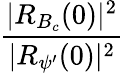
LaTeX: \frac{{\mid}R_{B_{c}}(0){\mid}^{2}}{{\mid}R_{{\psi}^{\prime}}(0){\mid}^{2}}